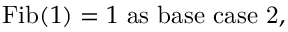
{ \mathrm { F i b } } ( 1 ) = 1 { \mathrm { ~ a s ~ b a s e ~ c a s e ~ 2 , } }